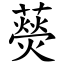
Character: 藀